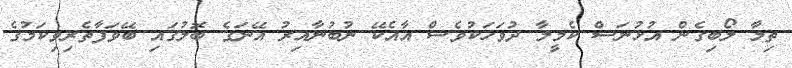
ތިމާ ލޯބިގެން އުޅުނަސް ކެމީލާ ދުވަހަކުވެސް އާއެކޭ ނުބުނާއިރު އޭނަގެ ބޮލުގައި ބޭވަފާތެރިވިކަމުގެ